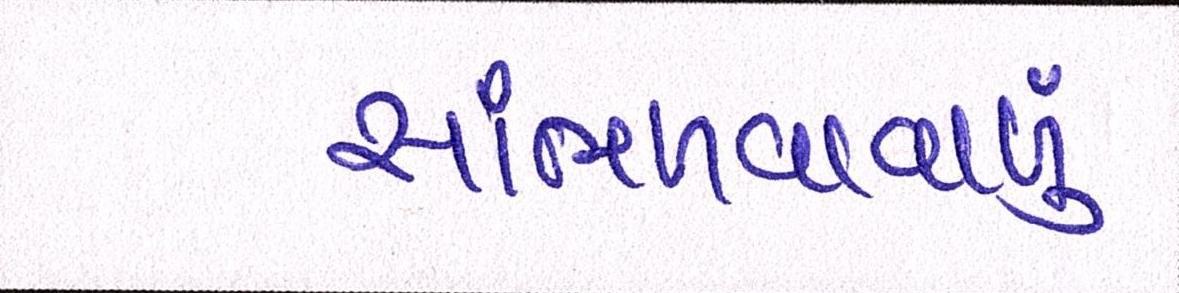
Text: સાંભળવાવાળુ